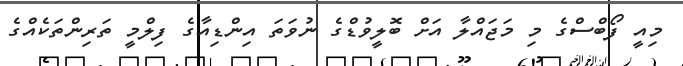
މިއީ ފޯބްސްގެ މި މަޖައްލާ އަށް ބޮލީވުޑްގެ ނުވަތަ އިންޑިއާގެ ފިލްމީ ތަރިންތަކެއްގެ